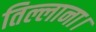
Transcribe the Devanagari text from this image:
तिल्लाना।